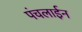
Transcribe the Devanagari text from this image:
पंचलाईन